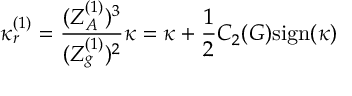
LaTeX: \kappa _ { r } ^ { ( 1 ) } = \frac { ( Z _ { A } ^ { ( 1 ) } ) ^ { 3 } } { ( Z _ { g } ^ { ( 1 ) } ) ^ { 2 } } \kappa = \kappa + \frac { 1 } { 2 } C _ { 2 } ( G ) \mathrm { s i g n } ( \kappa )